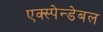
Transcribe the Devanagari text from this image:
एक्स्पेन्डेबल